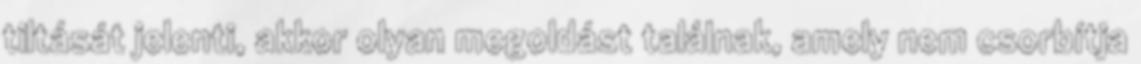
tiltását jelenti, akkor olyan megoldást találnak, amely nem csorbítja